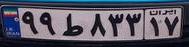
۹۹ط۸۳۳۱۷